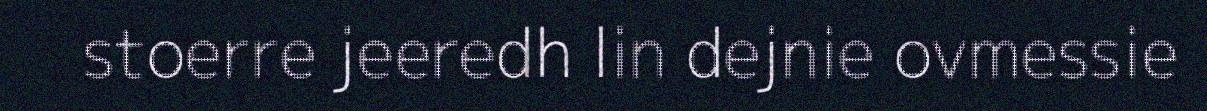
stoerre jeeredh lin dejnie ovmessie